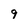
Character: 9